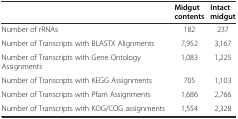
|  | Midgut contents | Intact midgut |
 | --- | --- | --- |
 | Number of rRNAs | 182 | 237 |
 | Number of Transcripts with BLASTX Alignments | 7,952 | 3,167 |
 | Number of Transcripts with Gene Ontology Assignments | 1,083 | 1,225 |
 | Number of Transcripts with KEGG Assignments | 705 | 1,103 |
 | Number of Transcripts with Pfam Assignments | 1,686 | 2,766 |
 | Number of Transcripts with KOG/COG assignments | 1,554 | 2,328 |